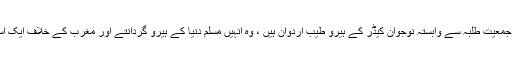
جماعت اسلامی اوراسلامی جمعیت طلبہ سے وابستہ نوجوان کیڈر کے ہیرو طیب اردوان ہیں ، وہ انہیں مسلم دنیا کے ہیرو گردانتے اور مغرب کے خلاف ایک استعارہ کی حیثیت دیتے ہیں۔